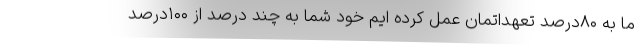
ما به ۸۰درصد تعهداتمان عمل کرده ایم خود شما به چند درصد از ۱۰۰درصد